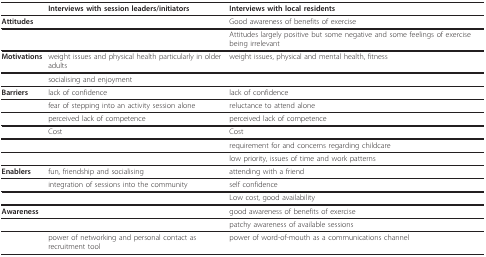
|  | Interviews with session leaders/initiators | Interviews with local residents |
 | --- | --- | --- |
 | Attitudes |  | Good awareness of benefits of exercise |
 |  |  | Attitudes largely positive but some negative and some feelings of exercise being irrelevant |
 | Motivations | weight issues and physical health particularly in older adults | weight issues, physical and mental health, fitness |
 |  | socialising and enjoyment |  |
 | Barriers | lack of confidence | lack of confidence |
 |  | fear of stepping into an activity session alone | reluctance to attend alone |
 |  | perceived lack of competence | perceived lack of competence |
 |  | Cost | Cost |
 |  |  | requirement for and concerns regarding childcare |
 |  |  | low priority, issues of time and work patterns |
 | Enablers | fun, friendship and socialising | attending with a friend |
 |  | integration of sessions into the community | self confidence |
 |  |  | Low cost, good availability |
 | Awareness |  | good awareness of benefits of exercise |
 |  |  | patchy awareness of available sessions |
 |  | power of networking and personal contact as recruitment tool | power of word-of-mouth as a communications channel |